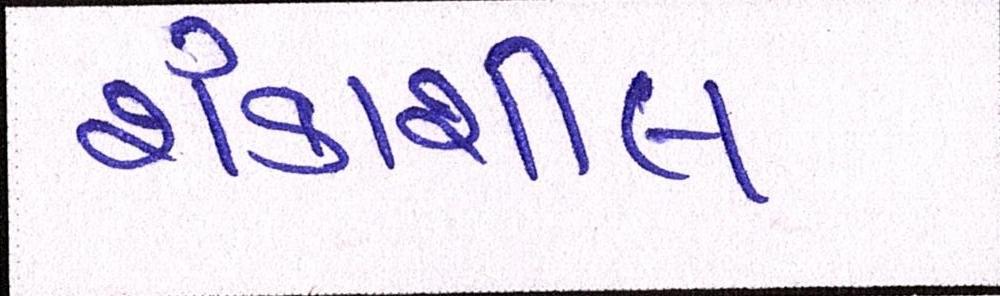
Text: શંકાશીલ